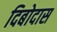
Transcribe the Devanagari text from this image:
दिबोदास